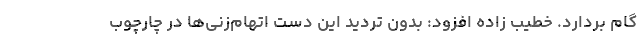
گام بردارد. خطیب زاده افزود: بدون تردید این دست اتهام‌زنی‌ها در چارچوب